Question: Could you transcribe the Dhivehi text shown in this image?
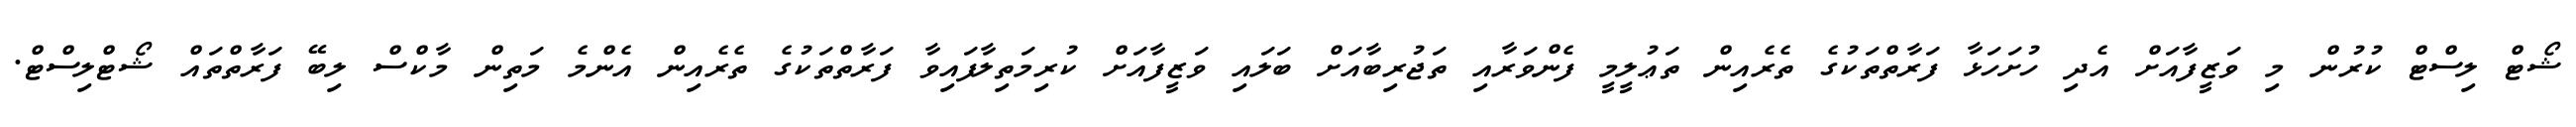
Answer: ޝޯޓް ލިސްޓް ކުރުން މި ވަޒީފާއަށް އެދި ހުށަހަޅާ ފަރާތްތަކުގެ ތެރެއިން ތަޢުލީމީ ފެންވަރާއި ތަޖުރިބާއަށް ބަލައި ވަޒީފާއަށް ކުރިމަތިލާފައިވާ ފަރާތްތަކުގެ ތެރެއިން އެންމެ މަތިން މާކްސް ލިބޭ ފަރާތްތައް ޝޯޓްލިސްޓް.